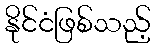
နိုင်ငံဖြစ်သည့်